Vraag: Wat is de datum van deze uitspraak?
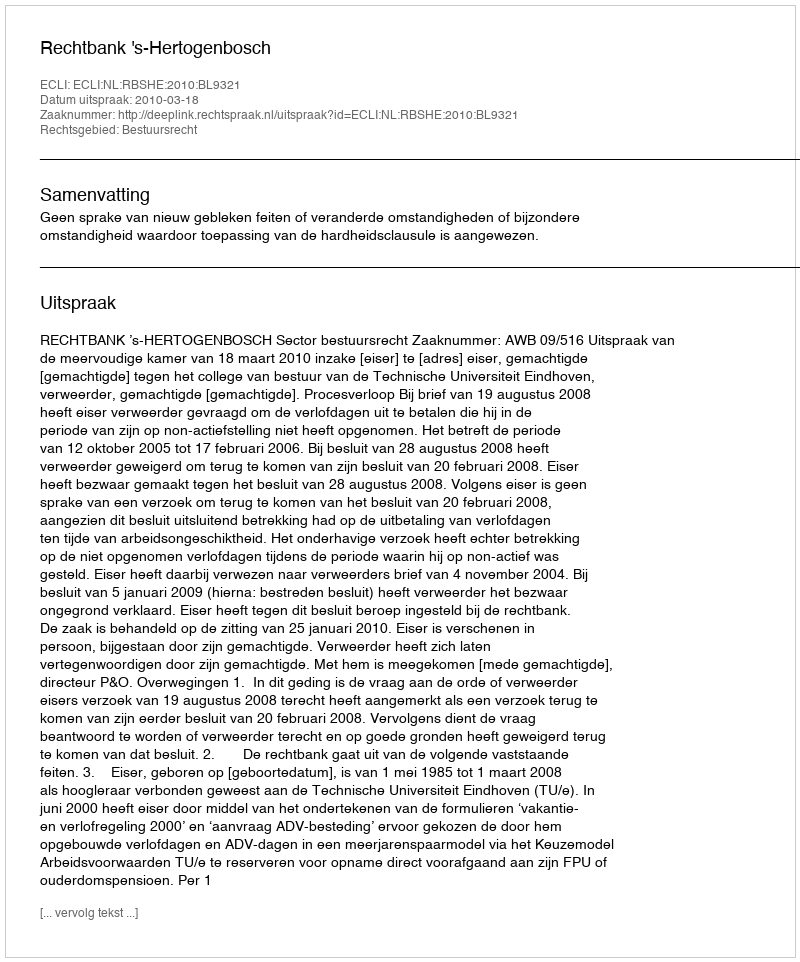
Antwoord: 2010-03-18